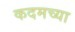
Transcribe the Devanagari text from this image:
कदमच्या